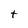
Character: t